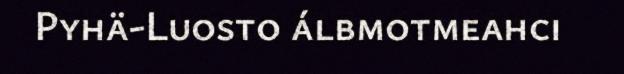
Pyhä-Luosto álbmotmeahci